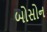
બોસોન